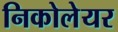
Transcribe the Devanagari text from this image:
निकोलेयर